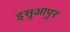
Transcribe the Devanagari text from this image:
इसुआपुर